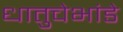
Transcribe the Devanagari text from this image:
धातुचेभांडे